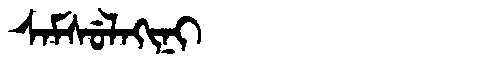
Manchu: ᠰᠠᠮᠰᡠᠯᠠᡴᡳᠨᡳ
Romanization: SAMSULAKINI